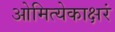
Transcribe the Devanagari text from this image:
ओमित्येकाक्षरं